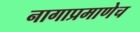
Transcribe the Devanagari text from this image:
नागाप्रमाणेच